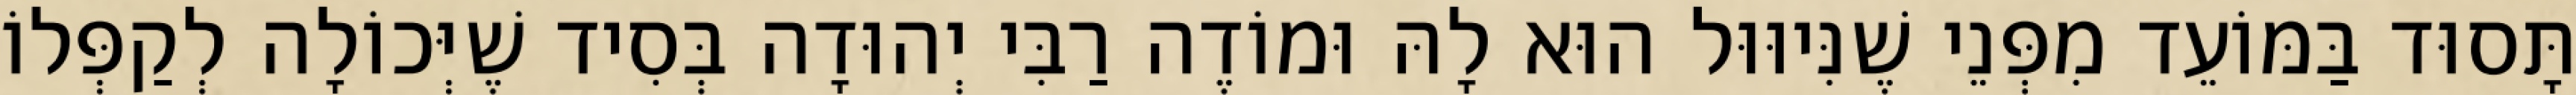
תָּסוּד בַּמּוֹעֵד מִפְּנֵי שֶׁנִּיוּוּל הוּא לָהּ וּמוֹדֶה רַבִּי יְהוּדָה בְּסִיד שֶׁיְּכוֹלָה לְקַפְּלוֹ